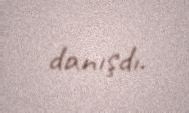
danışdı.